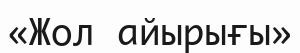
«Жол айырығы»